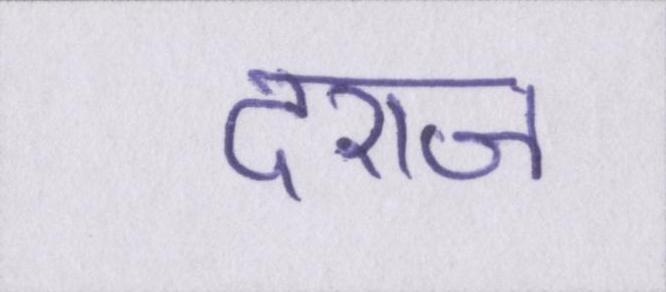
दराज